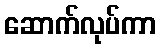
ဆောက်လုပ်ကာ